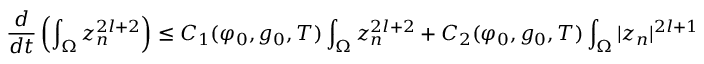
\frac { d } { d t } \left( \int _ { \Omega } z _ { n } ^ { 2 l + 2 } \right) \leq C _ { 1 } ( \varphi _ { 0 } , g _ { 0 } , T ) \int _ { \Omega } z _ { n } ^ { 2 l + 2 } + C _ { 2 } ( \varphi _ { 0 } , g _ { 0 } , T ) \int _ { \Omega } | z _ { n } | ^ { 2 l + 1 }